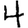
Digit: 4